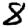
Digit: 8